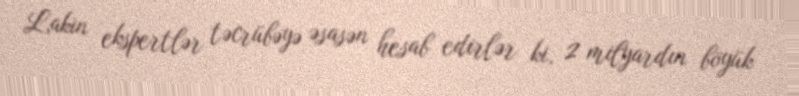
Lakin ekspertlər təcrübəyə əsasən hesab edirlər ki, 2 milyardın böyük